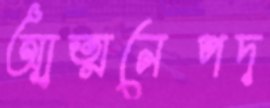
আত্মনেপদ